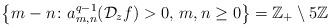
LaTeX: \begin{gather*}\big\{m-n\colon a_{m,n}^{q-1}(\mathcal D_z f)>0, \, m,n\geq0\big\} = \mathbb Z_+\setminus 5\mathbb{Z}\end{gather*}